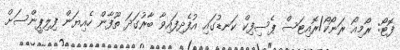
ފޮޓޯ: ރޯމިއޯ ރަނޯކޯ/ރޮއިޓަސް ޕެސިފިކް ކަނޑުގައި އުފެދިފައިވާ ބާރުގަދަ ތޫފާން ހެއިޔަން ފިލިޕީންސަށް